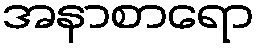
အနာစာရော